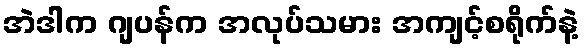
အဲဒါက ဂျပန်က အလုပ်သမား အကျင့်စရိုက်နဲ့